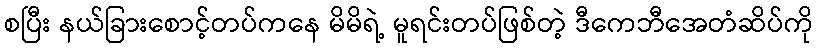
စပြီး နယ်ခြားစောင့်တပ်ကနေ မိမိရဲ့ မူရင်းတပ်ဖြစ်တဲ့ ဒီကေဘီအေတံဆိပ်ကို